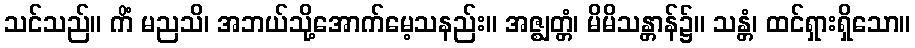
သင်သည်။ ကိံ မညသိ၊ အဘယ်သို့အောက်မေ့သနည်း။ အဇ္ဈတ္တံ၊ မိမိသန္တာန်၌။ သန္တံ၊ ထင်ရှားရှိသော။